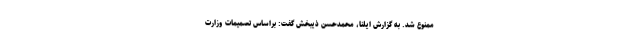
ممنوع شد. به گزارش ایلنا، محمدحسن ذیبخش گفت: براساس تصمیمات وزارت